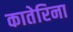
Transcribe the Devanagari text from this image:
कातेरिना